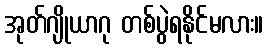
အုတ်ဂျိုယာဂု တစ်ပွဲရနိုင်မလား။